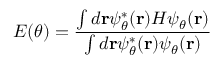
E ( \theta ) = \frac { \int d \mathbf { r } \psi _ { \theta } ^ { * } ( \mathbf { r } ) H \psi _ { \theta } ( \mathbf { r } ) } { \int d \mathbf { r } \psi _ { \theta } ^ { * } ( \mathbf { r } ) \psi _ { \theta } ( \mathbf { r } ) }